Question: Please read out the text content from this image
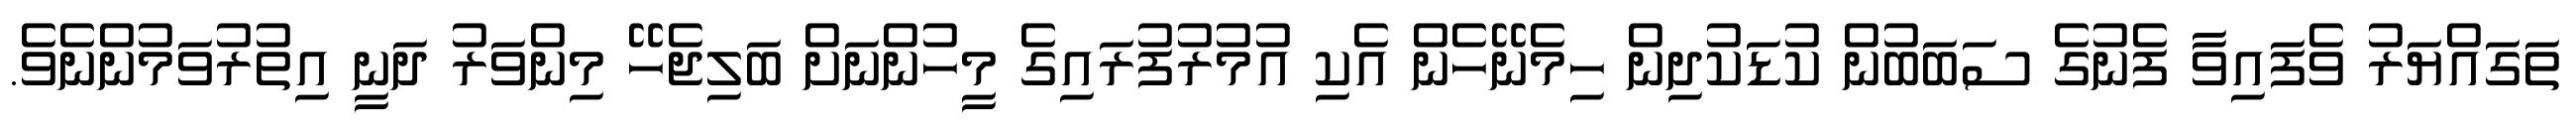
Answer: ތަގައްޔަރު ވެފައިވާ ފެނުގެ ސަބަބުން ކުޑަކުދިން ހިމެނޭހެން އެކި އުމުރުފުރައިގެ މީހުންނަށް ބަލިޖެހޭ މިންވަރު ދަނީ އިތުރުވަމުންނެވެ.